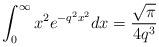
LaTeX: \begin{align*}\int_0^{\infty} x^2 e^{-q^2 x^2} dx = \frac{\sqrt{\pi}}{4 q^3}\end{align*}